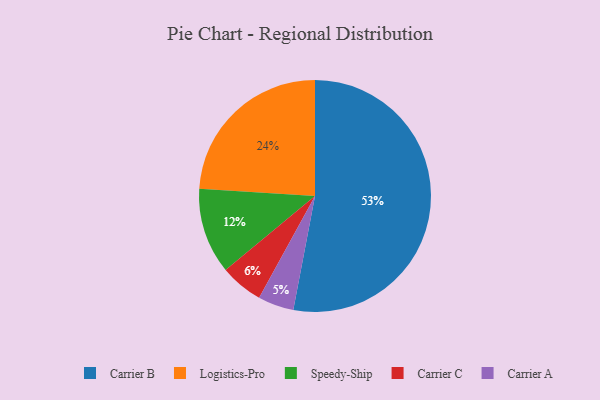
{"axis": {"x": "Category", "y": "Percentage"}, "legend": ["Carrier A", "Carrier B", "Carrier C", "Logistics-Pro", "Speedy-Ship"], "data": [{"x": "Carrier C", "y": 6, "type": "Carrier C"}, {"x": "Carrier A", "y": 5, "type": "Carrier A"}, {"x": "Carrier B", "y": 53, "type": "Carrier B"}, {"x": "Speedy-Ship", "y": 12, "type": "Speedy-Ship"}, {"x": "Logistics-Pro", "y": 24, "type": "Logistics-Pro"}]}